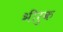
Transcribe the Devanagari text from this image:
भीरुक